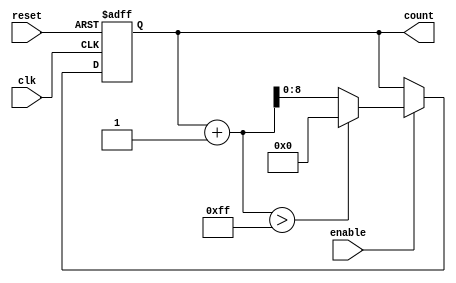
module IncrementalCounter #(
    parameter INITIAL_VALUE = 0,  // Initial count value
    parameter STEP_SIZE = 1,       // Increment step size
    parameter MAX_COUNT = 255       // Maximum count value
)(
    input wire clk,                // Clock input
    input wire reset,              // Asynchronous reset input
    input wire enable,             // Enable input
    output reg [$clog2(MAX_COUNT):0] count // Current count value output
);

    // Always block for counting logic
    always @(posedge clk or posedge reset) begin
        if (reset) begin
            // Reset the counter to the initial value
            count <= INITIAL_VALUE;
        end else if (enable) begin
            // Increment the counter by the defined step size
            if (count + STEP_SIZE > MAX_COUNT) begin
                count <= 0; // Wrap around to zero on overflow
            end else begin
                count <= count + STEP_SIZE;
            end
        end
    end

endmodule